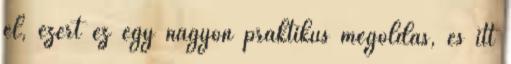
el, ezért ez egy nagyon praktikus megoldás, és itt